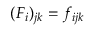
( { F } _ { i } ) _ { j k } = f _ { i j k }